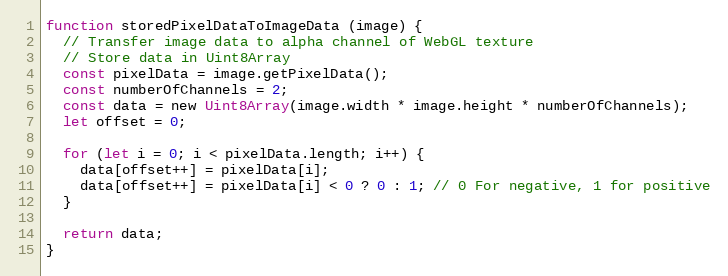
Language: JavaScript
function storedPixelDataToImageData (image) {
  // Transfer image data to alpha channel of WebGL texture
  // Store data in Uint8Array
  const pixelData = image.getPixelData();
  const numberOfChannels = 2;
  const data = new Uint8Array(image.width * image.height * numberOfChannels);
  let offset = 0;

  for (let i = 0; i < pixelData.length; i++) {
    data[offset++] = pixelData[i];
    data[offset++] = pixelData[i] < 0 ? 0 : 1; // 0 For negative, 1 for positive
  }

  return data;
}